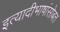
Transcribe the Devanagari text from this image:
इत्यादीभाषांसोबत